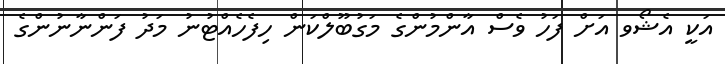
އަަކީ އެޝޯވ އަށް ފަހު ވެސް އާންމުންގެ މަގުބޫލްކަން ހިފެހެއްޓުނު މަދު ފަންނާނުންގެ